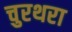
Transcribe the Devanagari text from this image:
चुरथरा